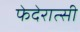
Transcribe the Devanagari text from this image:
फेदेरात्सी